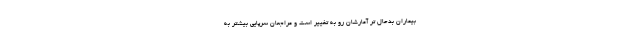
بیماران بدحال تر آمارشان رو به تغییر است و مراجعان سرپایی بیشتر به